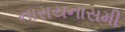
નારાયનાસમી